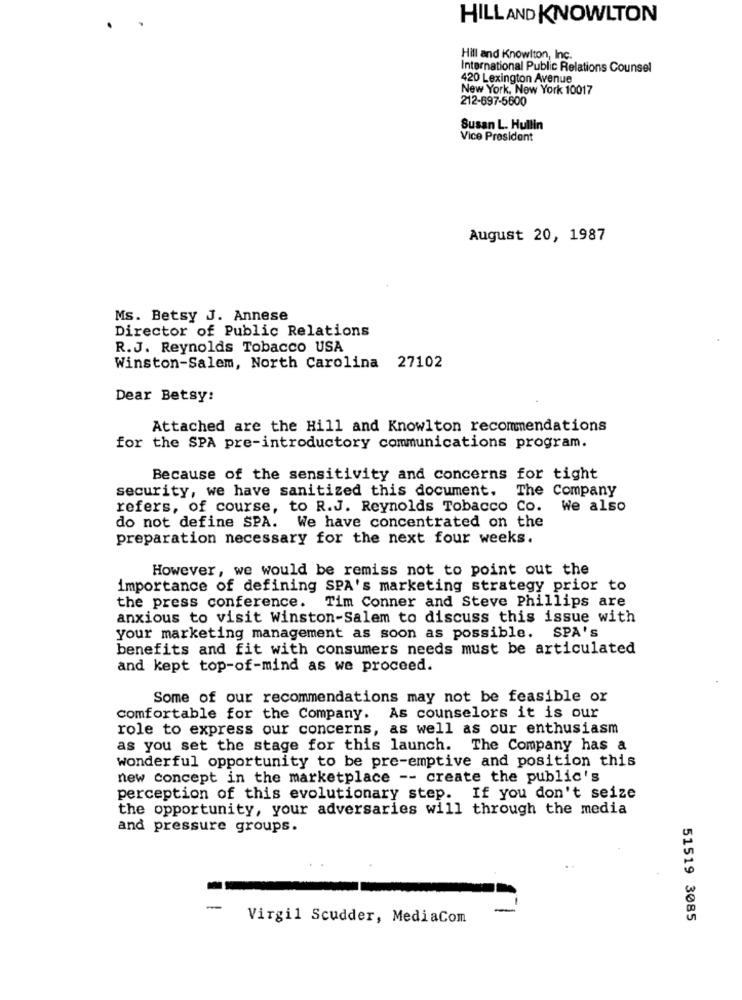
HILL AND KNOWLTON
Hill and Knowlton, Inc.
International Public Relations Counsel
420 Lexington Avenue
New York, New York 10017
212-697-5600
Susan L. Hullin
Vice President
August 20, 1987
Ms. Betsy J. Annese
Director of Public Relations
R.J. Reynolds Tobacco USA
Winston-Salem, North Carolina 27102
Dear Betsy:
Attached are the Hill and Knowlton recommendations
for the SPA pre-introductory communications program.
Because of the sensitivity and concerns for tight
security, we have sanitized this document.
The Company
refers, of course, to R.J. Reynolds Tobacco Co.
We also
do not define SPA. We have concentrated on the
preparation necessary for the next four weeks.
However, we would be remiss not to point out the
importance of defining SPA's marketing strategy prior to
the press conference. Tim Conner and Steve Phillips are
anxious to visit Winston-Salem to discuss this issue with
your marketing management as soon as possible. SPA's
benefits and fit with consumers needs must be articulated
and kept top-of-mind as we proceed.
Some of our recommendations may not be feasible or
comfortable for the Company. As counselors it is our
role to express our concerns, as well as our enthusiasm
as you set the stage for this launch. The Company has a
wonderful opportunity to be pre-emptive and position this
new concept in the marketplace -- create the public's
perception of this evolutionary step. If you don't seize
the opportunity, your adversaries will through the media
and pressure groups.
-
Virgil Scudder, MediaCom
51519 3085